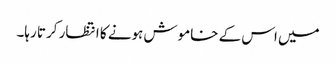
میں اس کے خاموش ہونے کا انتظار کرتا رہا۔